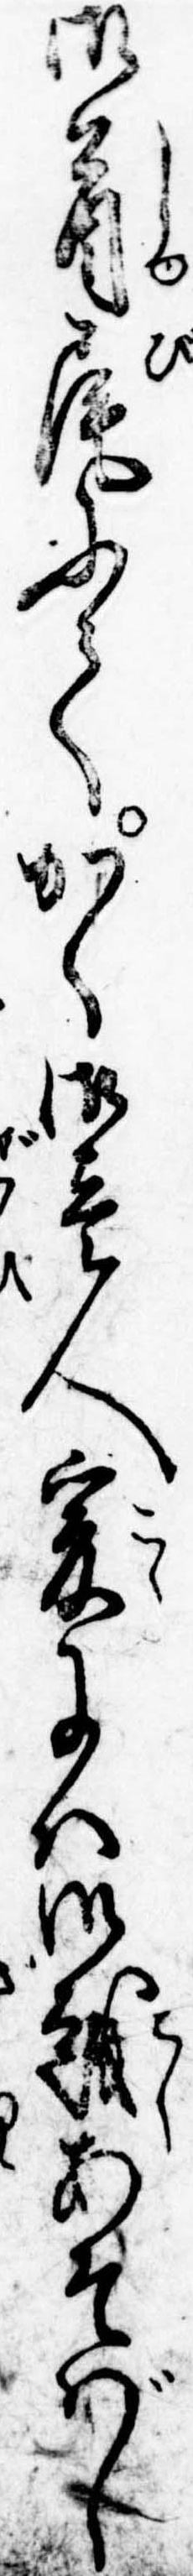
御首尾にてかく御壱人爰には御越あそばし